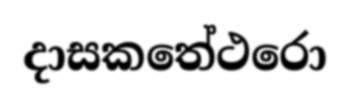
දාසකතේථරො